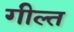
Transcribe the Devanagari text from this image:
गील्त